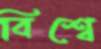
বিশ্বে